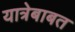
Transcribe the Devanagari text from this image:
यात्रेबाबत